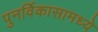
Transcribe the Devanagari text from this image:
पुनर्विकासामध्ये